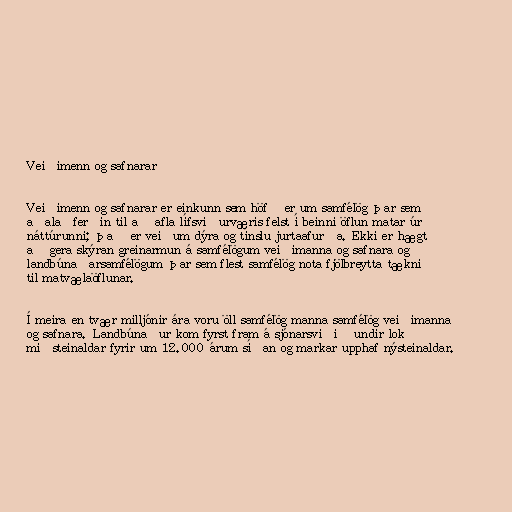
Veiðimenn og safnarar

Veiðimenn og safnarar er einkunn sem höfð er um samfélög þar sem
aðalaðferðin til að afla lífsviðurværis felst í beinni öflun matar úr
náttúrunni; það er veiðum dýra og tínslu jurtaafurða. Ekki er hægt
að gera skýran greinarmun á samfélögum veiðimanna og safnara og
landbúnaðarsamfélögum þar sem flest samfélög nota fjölbreytta tækni
til matvælaöflunar.

Í meira en tvær milljónir ára voru öll samfélög manna samfélög veiðimanna
og safnara. Landbúnaður kom fyrst fram á sjónarsviðið undir lok
miðsteinaldar fyrir um 12.000 árum síðan og markar upphaf nýsteinaldar.